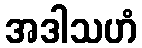
အဒါသဟံ